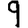
Digit: 9